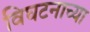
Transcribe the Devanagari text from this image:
विघटनाच्या